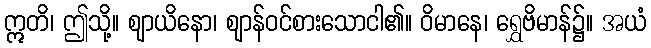
ဣတိ၊ ဤသို့။ ဈာယိနော၊ ဈာန်ဝင်စားသောငါ၏။ ဝိမာနေ၊ ရွှေဗိမာန်၌။ အယံ